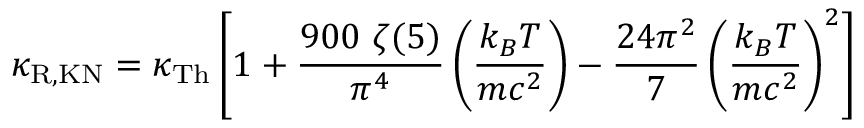
\kappa _ { \mathrm { R , K N } } = \kappa _ { \mathrm { T h } } \left[ 1 + \frac { 9 0 0 ~ \zeta ( 5 ) } { \pi ^ { 4 } } \left( \frac { k _ { B } T } { m c ^ { 2 } } \right) - \frac { 2 4 \pi ^ { 2 } } { 7 } \left( \frac { k _ { B } T } { m c ^ { 2 } } \right) ^ { 2 } \right]